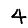
Digit: 4